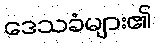
ဒေသခံများ၏